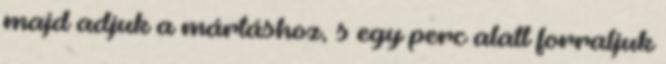
majd adjuk a mártáshoz, s egy perc alatt forraljuk